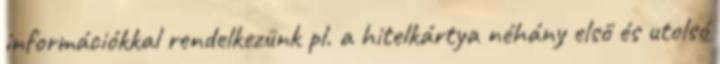
információkkal rendelkezünk pl. a hitelkártya néhány első és utolsó